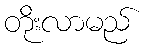
တိုးလာမည်